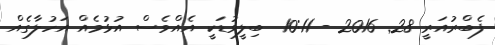
ފެބްރުއަރީ 28